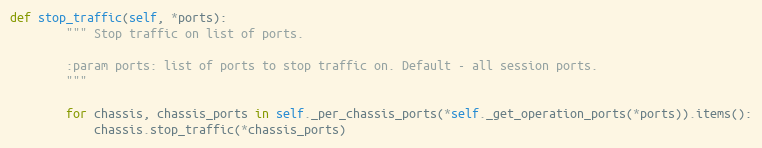
Language: Python
def stop_traffic(self, *ports):
        """ Stop traffic on list of ports.

        :param ports: list of ports to stop traffic on. Default - all session ports.
        """

        for chassis, chassis_ports in self._per_chassis_ports(*self._get_operation_ports(*ports)).items():
            chassis.stop_traffic(*chassis_ports)